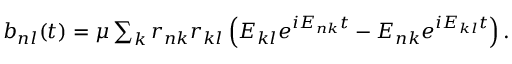
\begin{array} { r } { b _ { n l } ( t ) = \mu \sum _ { k } r _ { n k } r _ { k l } \left( E _ { k l } e ^ { i E _ { n k } t } - E _ { n k } e ^ { i E _ { k l } t } \right) . } \end{array}